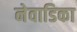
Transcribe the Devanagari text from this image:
नेवाडिका